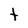
Character: t